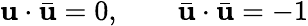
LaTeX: \mathbf{u}\cdot\bar{{\mathbf{u}}}=0,\qquad\bar{{\mathbf{u}}}\cdot\bar{{\mathbf{u}}}=-1